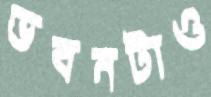
ভবনটাও